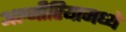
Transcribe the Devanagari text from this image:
अल्जीरियामध्ये